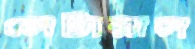
লেটারাল